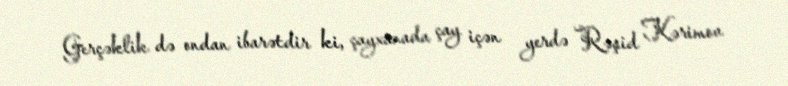
Gerçəklik də ondan ibarətdir ki, çayxanada çay içən yerdə Rəşid Kərimov